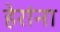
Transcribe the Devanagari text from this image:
हेरांना